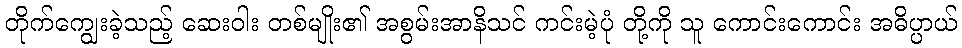
တိုက်ကျွေးခဲ့သည့် ဆေးဝါး တစ်မျိုး၏ အစွမ်းအာနိသင် ကင်းမဲ့ပုံ တို့ကို သူ ကောင်းကောင်း အဓိပ္ပာယ်